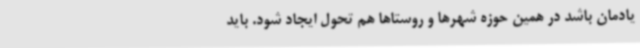
یادمان باشد در همین حوزه شهرها و روستاها هم تحول ایجاد شود. باید